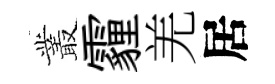
叢霾羌居